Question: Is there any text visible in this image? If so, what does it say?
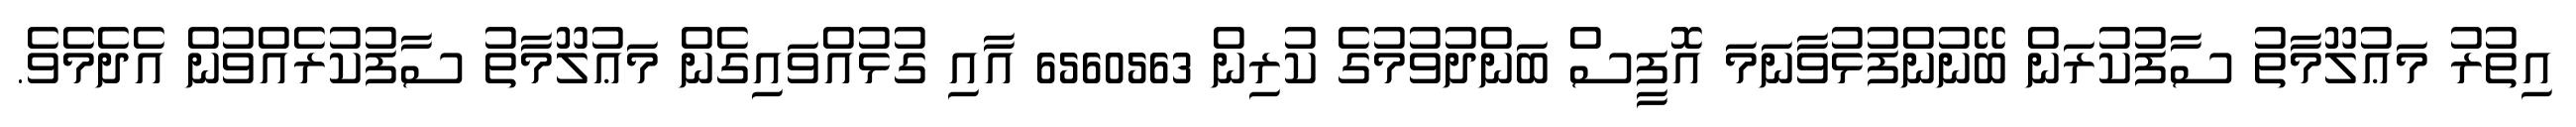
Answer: އިތުރު މަޢުލޫމާތު ސާފުކުރަން ބޭނުންފުޅުވާނަމަ އޮފީސް ބަންދުވުމުގެ ކުރިން 6560563 އާއި ގުޅުއްވައިގެން މަޢުލޫމާތު ސާފުކުރެއްވުން އެދެމެވެ.